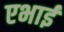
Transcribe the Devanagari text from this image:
एभाई